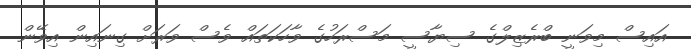
އައިސް މިވަނީ ބްރެޒިލްގެ ސިޔާސީ މަސްރަހުގެ ވާހަކަތައް ވެސް ވަރަށް ގިނައިން އިވޭން